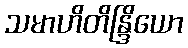
သမာဟိတိန္ဒြိယော